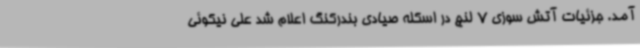
آمد. جزئیات آتش سوزی 7 لنج در اسکله صیادی بندرکنگ اعلام شد علی نیکوئی